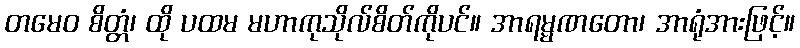
တမေဝ စိတ္တံ၊ ထို ပထမ မဟာကုသိုလ်စိတ်ကိုပင်။ အာရမ္မဏတော၊ အာရုံအားဖြင့်။